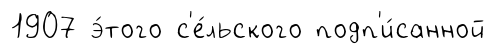
1907 э́того с'е́льского подп'и́санной